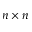
n \times n